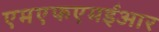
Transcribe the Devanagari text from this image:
एमएफएमईआर